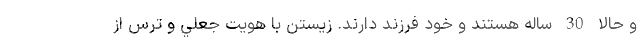
و حالا 30 ساله هستند و خود فرزند دارند. زيستن با هويت جعلي و ترس از